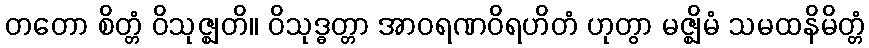
တတော စိတ္တံ ဝိသုဇ္ဈတိ။ ဝိသုဒ္ဓတ္တာ အာဝရဏဝိရဟိတံ ဟုတွာ မဇ္ဈိမံ သမထနိမိတ္တံ